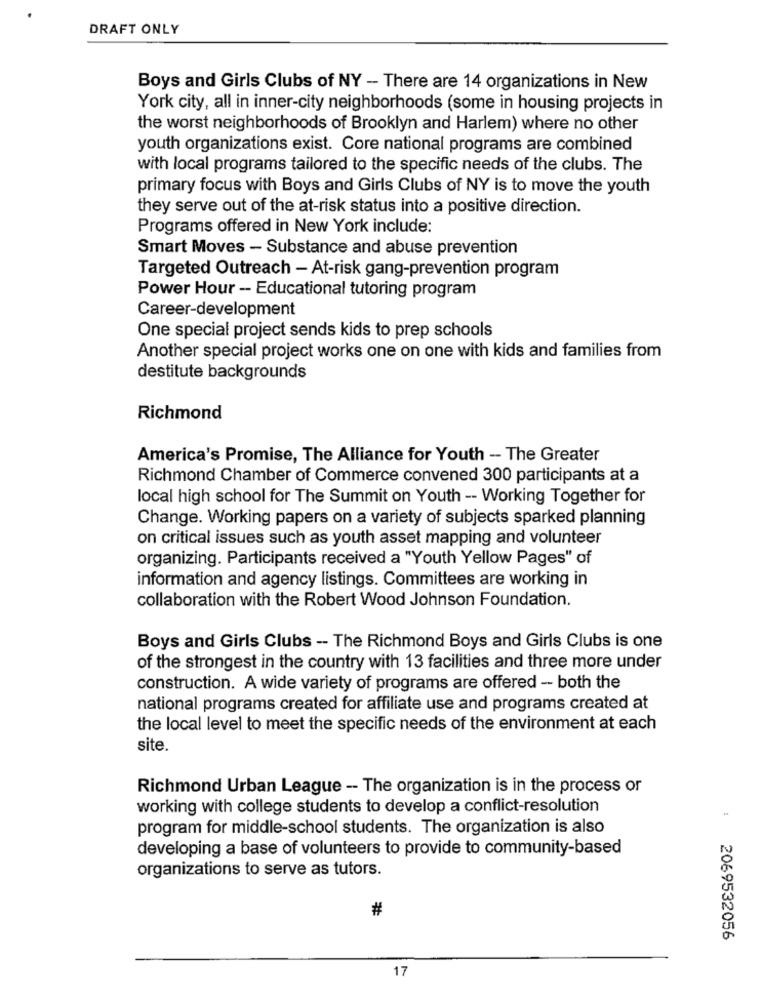
DRAFT ONLY
Boys and Girls Clubs of NY - There are 14 organizations in New
York city, all in inner-city neighborhoods (some in housing projects in
the worst neighborhoods of Brooklyn and Harlem) where no other
youth organizations exist. Core national programs are combined
with local programs tailored to the specific needs of the clubs. The
primary focus with Boys and Girls Clubs of NY is to move the youth
they serve out of the at-risk status into a positive direction.
Programs offered in New York include:
Smart Moves - Substance and abuse prevention
Targeted Outreach - At-risk gang-prevention program
Power Hour - Educational tutoring program
Career-development
One special project sends kids to prep schools
Another special project works one on one with kids and families from
destitute backgrounds
Richmond
America's Promise, The Alliance for Youth - The Greater
Richmond Chamber of Commerce convened 300 participants at a
local high school for The Summit on Youth -- Working Together for
Change. Working papers on a variety of subjects sparked planning
on critical issues such as youth asset mapping and volunteer
organizing. Participants received a "Youth Yellow Pages" of
information and agency listings. Committees are working in
collaboration with the Robert Wood Johnson Foundation.
Boys and Girls Clubs -- The Richmond Boys and Girls Clubs is one
of the strongest in the country with 13 facilities and three more under
construction. A wide variety of programs are offered - both the
national programs created for affiliate use and programs created at
the local level to meet the specific needs of the environment at each
site.
Richmond Urban League -- The organization is in the process or
working with college students to develop a conflict-resolution
program for middle-school students. The organization is also
developing a base of volunteers to provide to community-based
organizations to serve as tutors.
#
2069532056
17